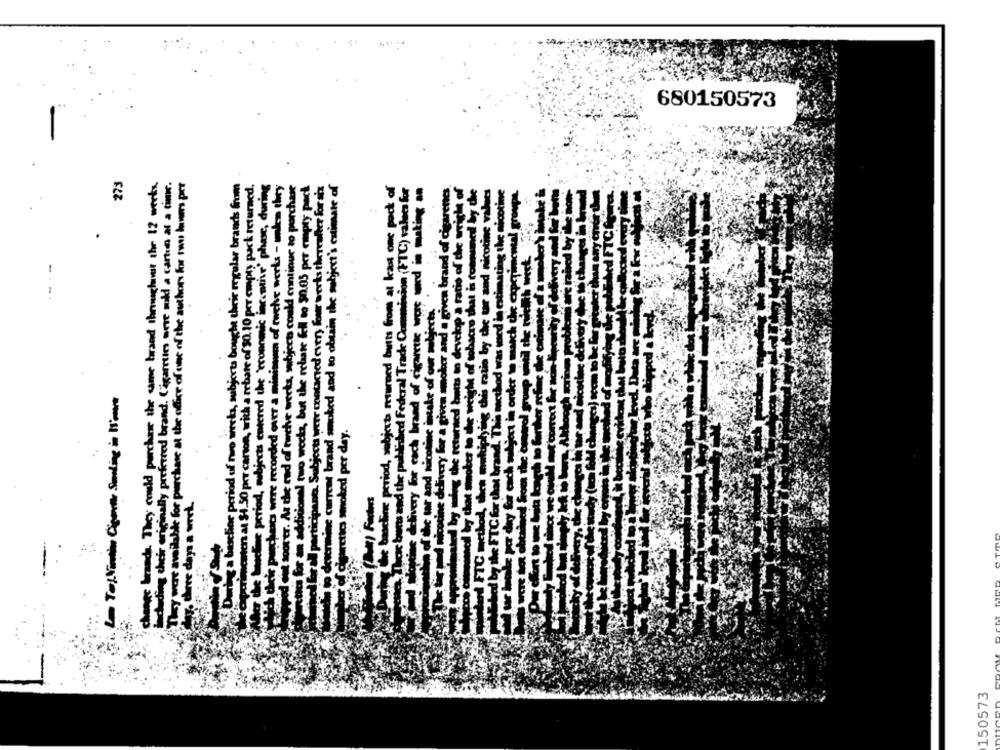
680150573
273
cheese brands. They could purchase the same brand throughvest the 12 werts.
including their originally preferred brand. Cigaretin were sold a cartin at a time.
They were available for purchase at the office of one of the authors for two laws per
a baschoc period of two weeks, subjects bought their regular brands from
cmers at $4.50 per carton, with a rebate of $0.10 per empty pack returned.
weline period, subjects entered the economic incoming" phase, during
pachais were recorded over a minimum of twelve works - uka they
Cot soor tr. At the end of twche weeks, subject could continue to purchase
matinved every; four verks thereafter for six
at brand smoked and to obtain the subject's estimate of
It returned butts from at kast one pock of
d Federal Trade Commission (FTC) valeca for
ion (FTC) values for
rand of cigarette wore word in making an
ug this ratio by the tar and nicotine values
ha method was med in estimating the nicotine
ch chie experimental groupe.
or an additional two weeks, but the rebate feil to $0.05 per cinpty
-
PP
oker and a giv
develop a
if tobacro the
march dh
der
od per day.
eriod, sob
each
ral participana. Sub
day. three days a wret.
150573